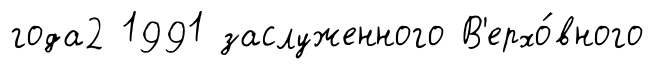
года2 1991 заслуженного В'ерхо́вного